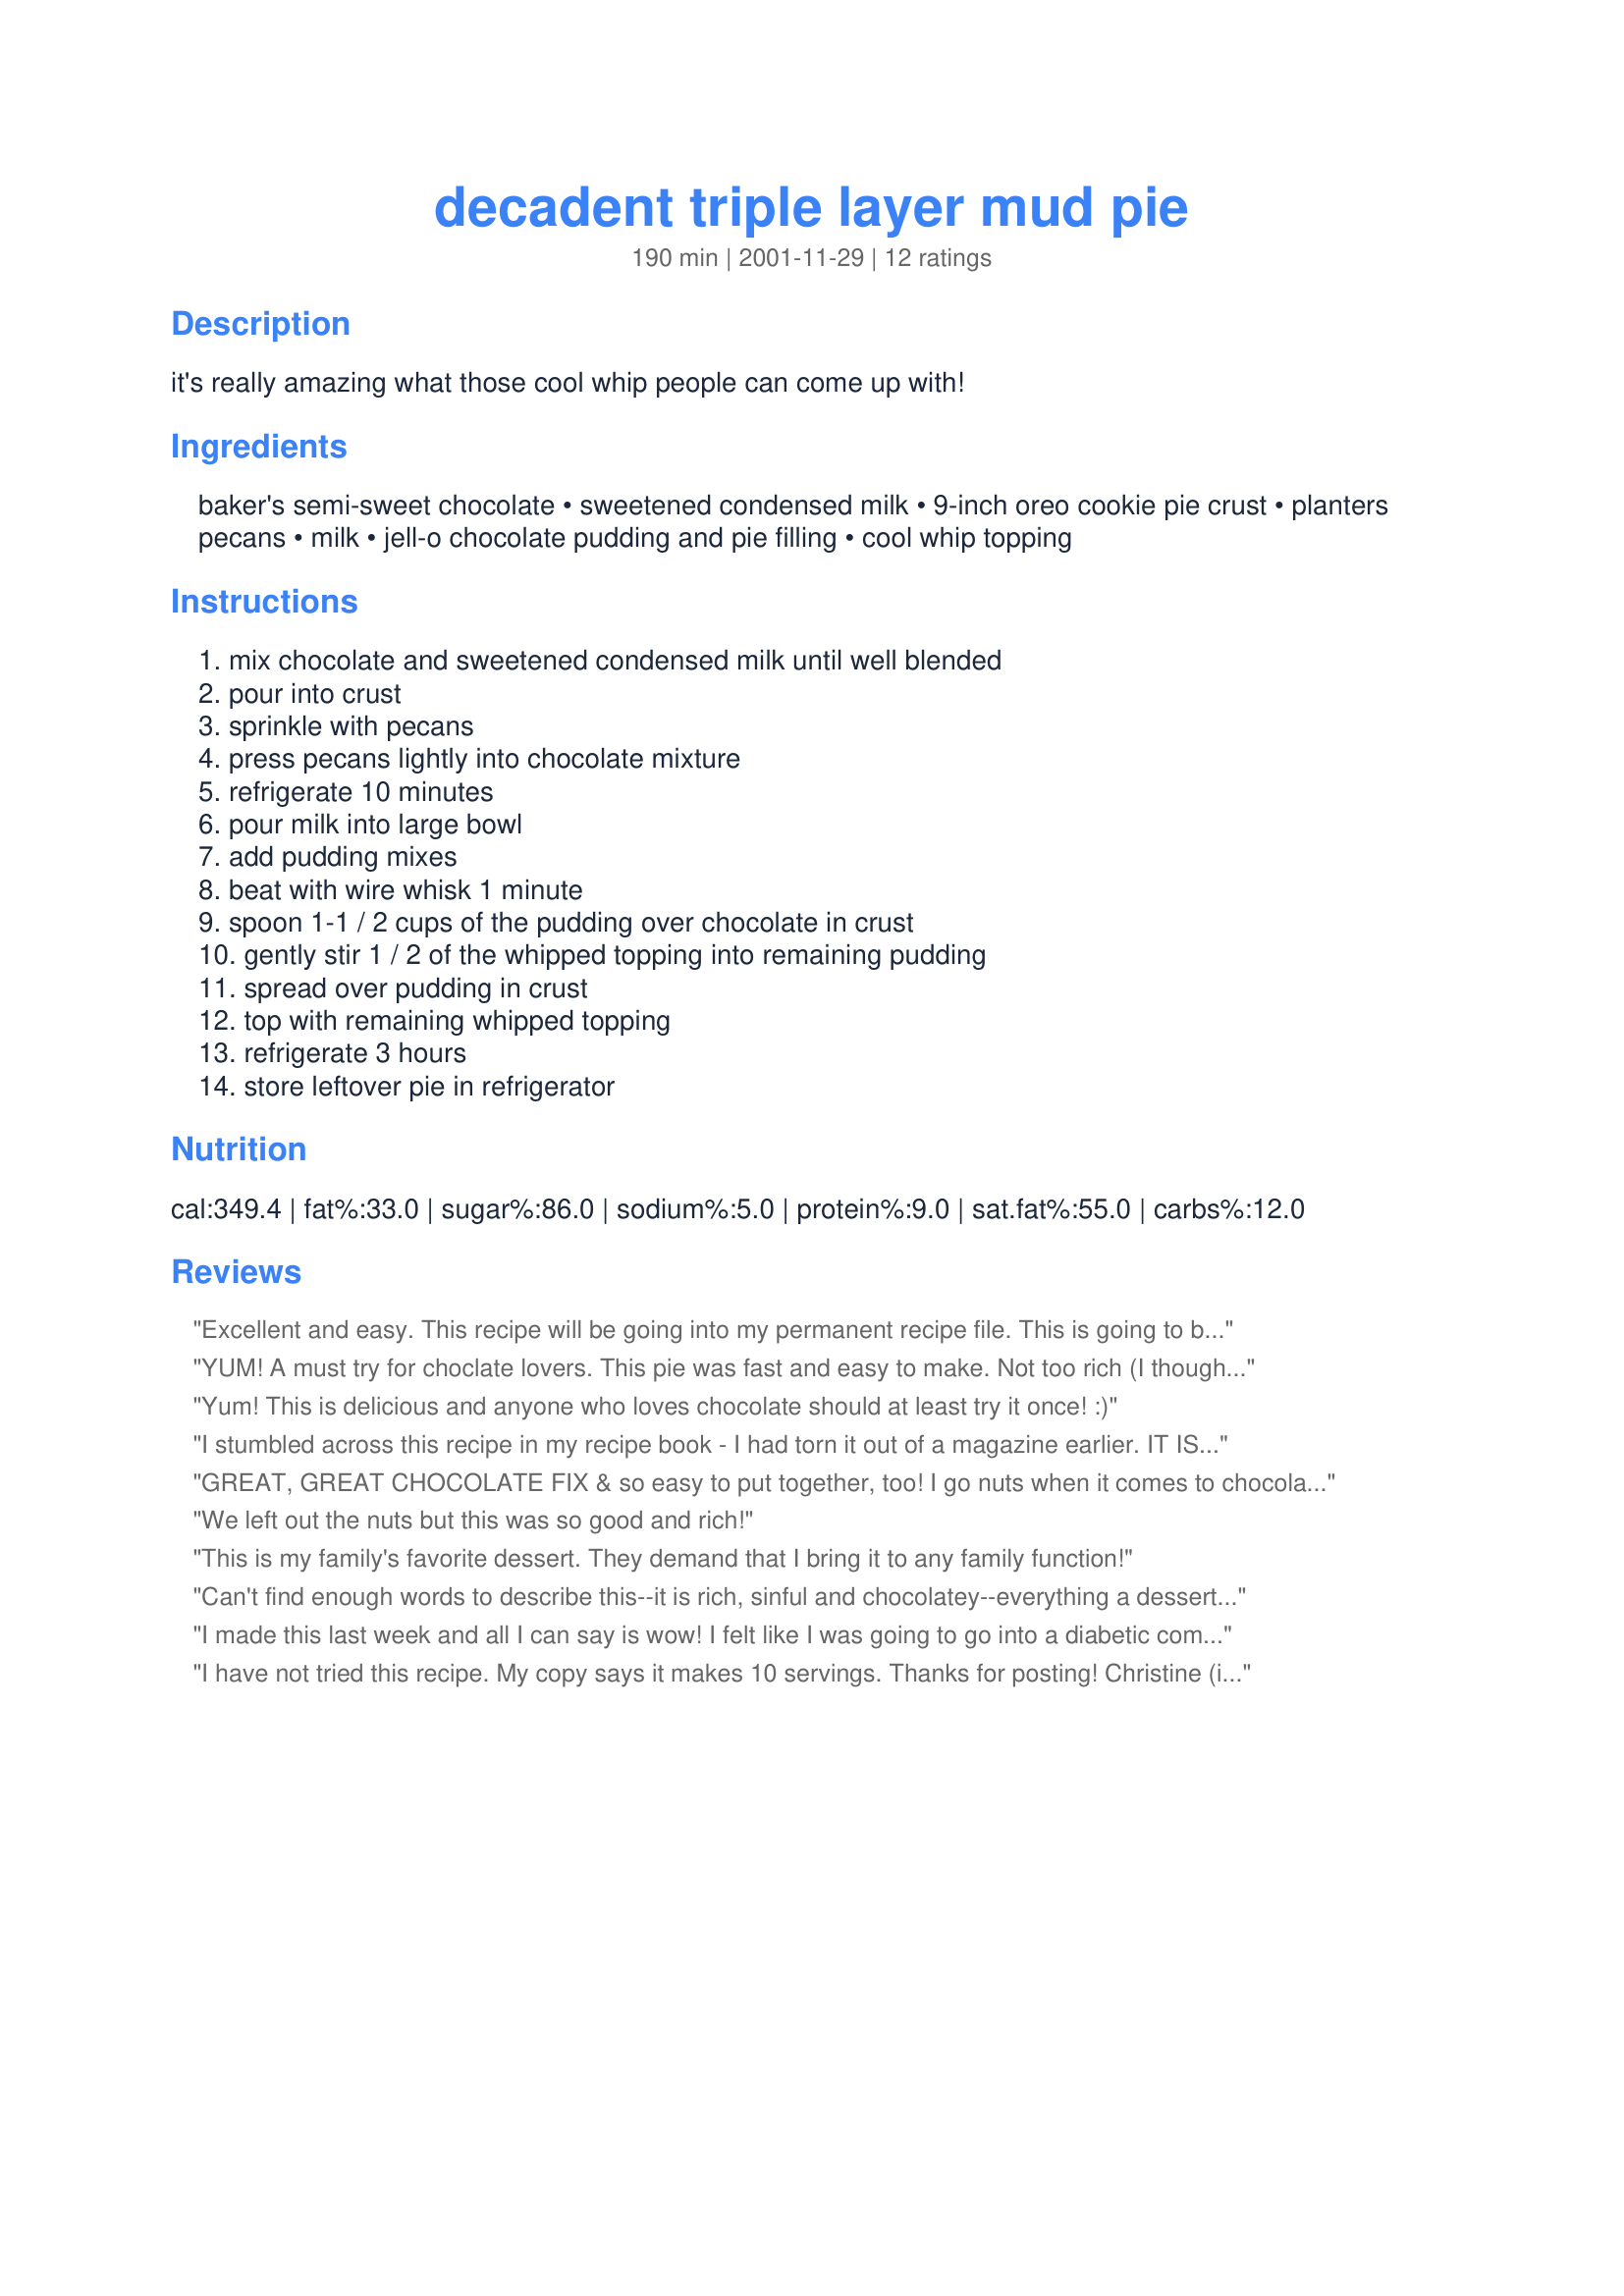
decadent triple layer mud pie
Preparation time: 190 minutes

it's really amazing what those cool whip people can come up with!

Ingredients:
baker's semi-sweet chocolate, sweetened condensed milk, 9-inch oreo cookie pie crust, planters pecans, milk, jell-o chocolate pudding and pie filling, cool whip topping

Steps:
mix chocolate and sweetened condensed milk until well blended, pour into crust, sprinkle with pecans, press pecans lightly into chocolate mixture, refrigerate 10 minutes, pour milk into large bowl, add pudding mixes, beat with wire whisk 1 minute, spoon 1-1 / 2 cups of the pudding over chocolate in crust, gently stir 1 / 2 of the whipped topping into remaining pudding, spread over pudding in crust, top with remaining whipped topping, refrigerate 3 hours, store leftover pie in refrigerator

Reviews:
Excellent and easy. This recipe will be going into my permanent recipe file. This is going to be a favorite.
YUM! A must try for choclate lovers. This pie was fast and easy to make. Not too rich (I thought it sounded like it would be). Be sure to toast the pecans if you are going to have any left over. I didn't toasted them and they got soft over night. I look forward to serving this to my next dinner guests.
Yum! This is delicious and anyone who loves chocolate should at least try it once! :)
I stumbled across this recipe in my recipe book - I had torn it out of a magazine earlier. IT IS AWESOME! I went to post it here myself, and found it already done. Fabulous pie - we ate it all in one setting! I used almonds since I didn't have pecans, and it was still great!
GREAT, GREAT CHOCOLATE FIX & so easy to put together, too! I go nuts when it comes to chocolate, so served this up with a generous scoop of Ben&Jerry's Phish Food ice cream! Thanks so much for sharing the recipe! [Tagged, made & reviewed in Zaar Chef Alphabet Soup tag]
We left out the nuts but this was so good and rich!
This is my family's favorite dessert. They demand that I bring it to any family function!
Can't find enough words to describe this--it is rich, sinful and chocolatey--everything a dessert should be.
I made this last week and all I can say is wow! I felt like I was going to go into a diabetic coma and couldn't finish my piece but it was so delicious :P I had a little trouble working with the filling since it was so sticky that it broke the crust a little, but so worth it. I crushed up some mini oreos and mixed them into the top layer of cool whip, but after eating it I almost felt guilty about adding them lol! This is the perfect dessert for chocolate lovers. Thanks for sharing :)
I have not tried this recipe. My copy says it makes 10 servings. Thanks for posting! Christine (internetnut)
The kids loved it and it was very easy to make- Thank you for posting :)
This pie is delicious! Since my family dislikes nuts, I substituted Heath toffee bits for the pecans. It tastes like the pie version of Better Than Sex cake...this recipe is an absolute must for chocolate lovers!
